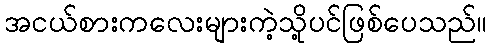
အငယ်စားကလေးများကဲ့သို့ပင်ဖြစ်ပေသည်။